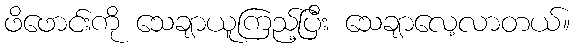
ဖိဖောင်းကို သေချာယူကြည့်ပြီး သေချာလေ့လာတယ်။